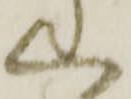
く